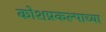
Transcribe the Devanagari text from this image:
कोशप्रकल्पाच्या